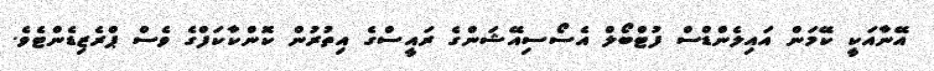
އޭނާއަކީ ކޭމަން އައިލެންޑްސް ފުޓްބޯލް އެސޯސިއޭޝަންގެ ރައީސްގެ އިތުރުން ކޮންކާކަފްގެ ވެސް ޕްރެޒިޑެންޓެވެ.